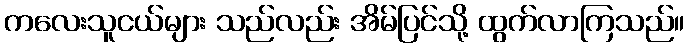
ကလေးသူငယ်များ သည်လည်း အိမ်ပြင်သို့ ထွက်လာကြသည်။